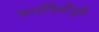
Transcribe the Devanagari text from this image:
कार्यविधींमुळे